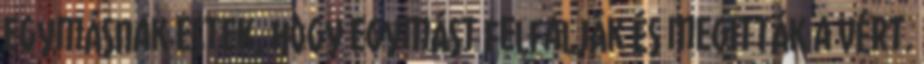
egymásnak estek, hogy egymást felfalják és megitták a vért.